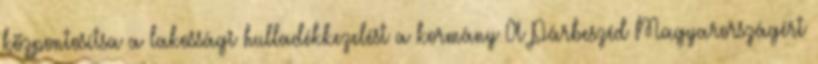
központosítsa a lakossági hulladékkezelést a kormány A Párbeszéd Magyarországért